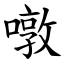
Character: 噋